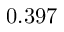
0 . 3 9 7